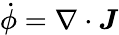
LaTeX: \dot{\phi}=\nabla\cdot\boldsymbol{J}